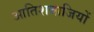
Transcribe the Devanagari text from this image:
आतिशबाजियों